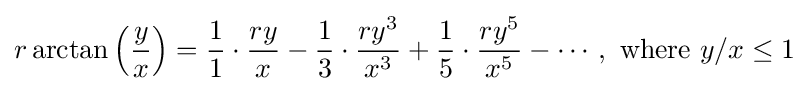
r\arctan \left({\frac {y}{x}}\right)={\frac {1}{1}}\cdot {\frac {ry}{x}}-{\frac {1}{3}}\cdot {\frac {ry^{3}}{x^{3}}}+{\frac {1}{5}}\cdot {\frac {ry^{5}}{x^{5}}}-\cdots ,{\text{ where }}y/x\leq 1